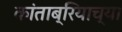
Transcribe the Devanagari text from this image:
कांताब्रियाच्या